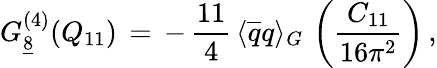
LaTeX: G_{\underline{{{8}}}}^{(4)}(Q_{11})\, =\, -\, \frac{11}{4}\, \langle\overline{{{q}}}q\rangle_{G}\, \left(\frac{C_{11}}{16\pi^{2}}\right)\, ,